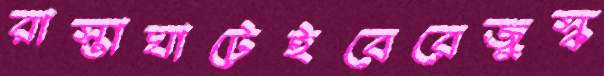
রাস্তাঘাটেইবেরেজুস্ক